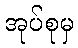
အုပ်စုမှ